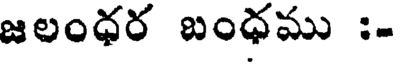
జలంధర బంధము :-